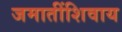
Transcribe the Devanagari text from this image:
जमातींशिवाय